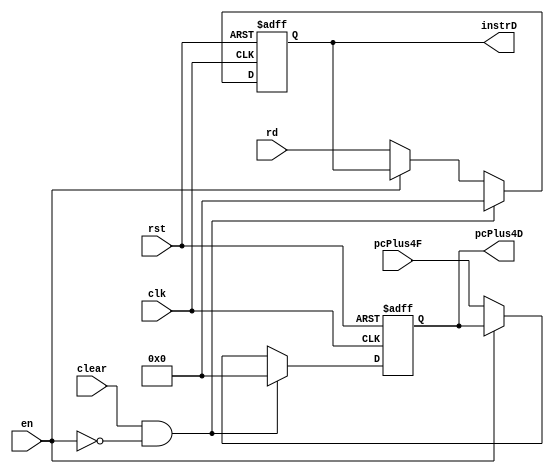
module Decode_Register (
    input     wire        [31:0]       rd, pcPlus4F,
    input     wire                     clk, en, clear, rst,
    output    reg         [31:0]       instrD, pcPlus4D
);

always @(posedge clk or negedge rst)
        begin
            if(!rst)
                begin
                    instrD   <=    32'b0;
                    pcPlus4D <=    32'b0;
                end
            else if (clear & !en)
                begin
                    instrD   <=    32'b0;
                    pcPlus4D <=    32'b0;
                end
            else if(!en)
                begin
                    instrD   <=    rd;
                    pcPlus4D <=    pcPlus4F;
                end
        end
endmodule